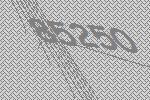
85250